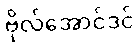
ဗိုလ်အောင်ဒင်